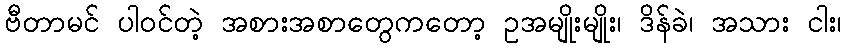
ဗီတာမင် ပါဝင်တဲ့ အစားအစာတွေကတော့ ဥအမျိုးမျိုး၊ ဒိန်ခဲ၊ အသား ငါး၊